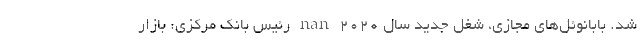
شد. بابانوئل‌های مجازی، شغل جدید سال 2020 nan رئیس بانک مرکزی: بازار